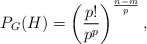
\begin{align*}P_G(H) = \left(\frac{p!}{p^p}\right)^{\frac{n-m}{p}},\end{align*}